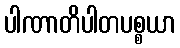
ပါဏာတိပါတပစ္စယာ